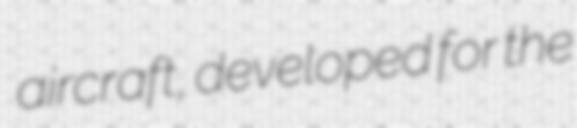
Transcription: aircraft, developed for the